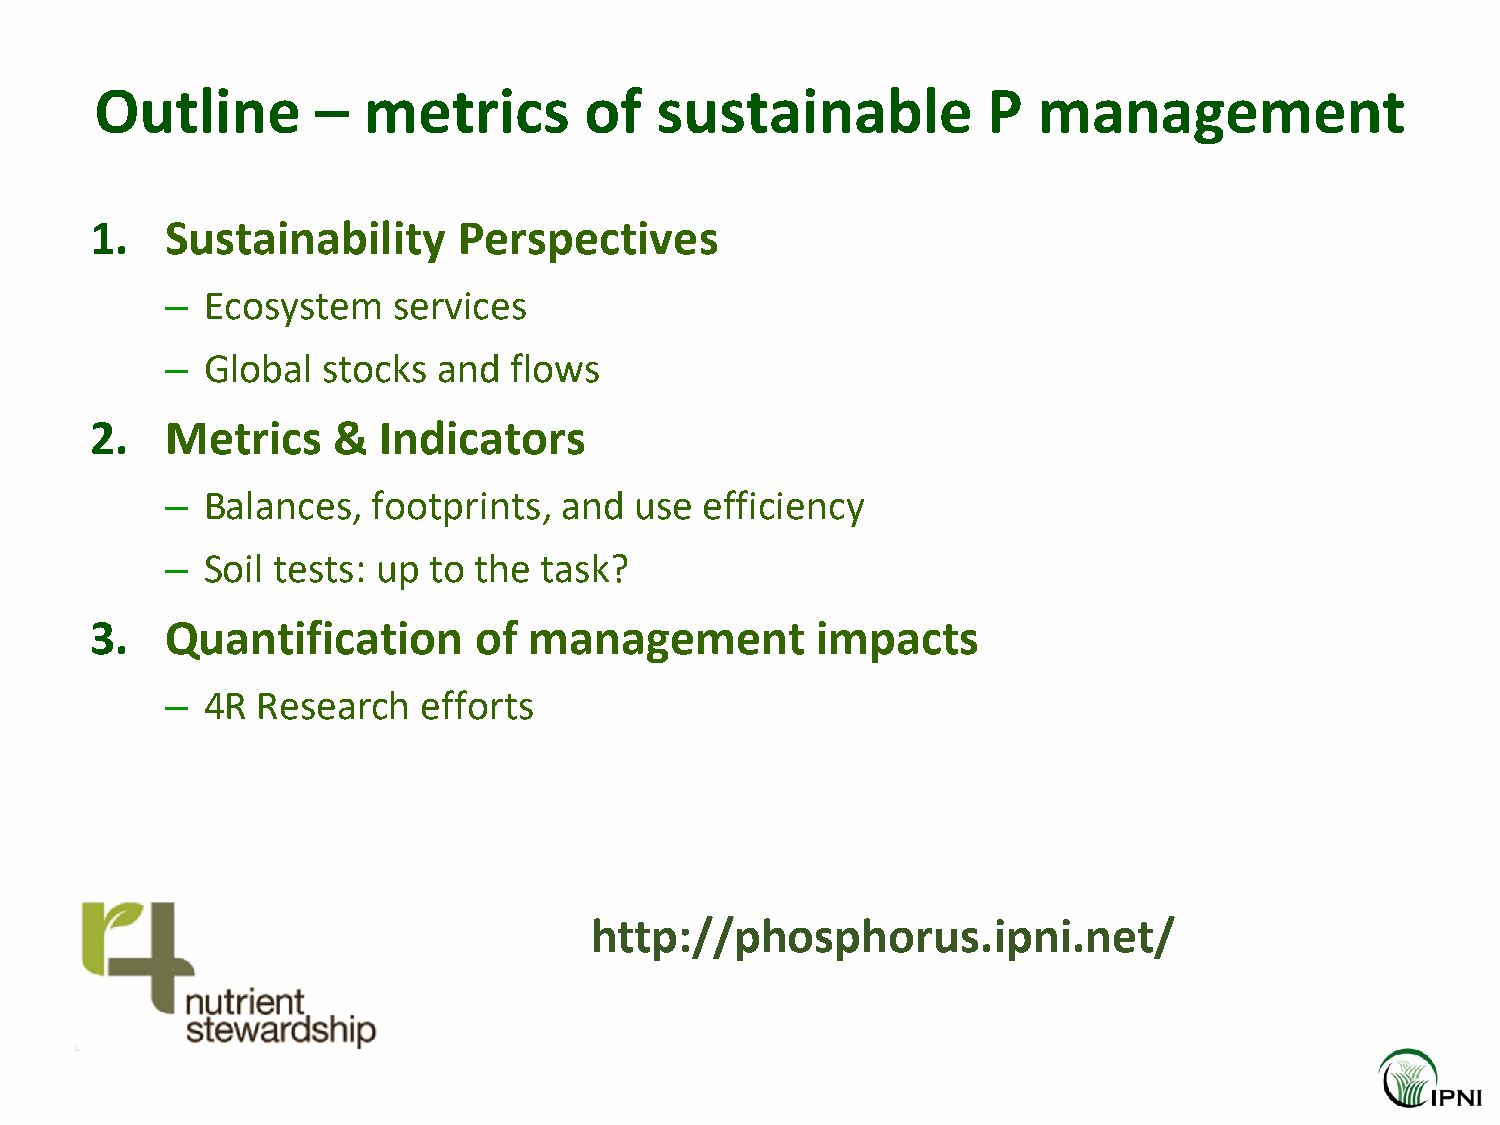
Outline        –  metrics        of  sustainable           P   management
 1.   Sustainability     Perspectives
 – Ecosystem    services
 – Global  stocks  and  flows
 2.   Metrics    &  Indicators
 – Balances,   footprints, and  use  efficiency
 – Soil tests: up to the  task?
 3.   Quantification      of  management         impacts
 – 4R  Research   efforts
 http://phosphorus.ipni.net/